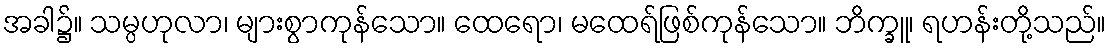
အခါ၌။ သမ္ပဟုလာ၊ များစွာကုန်သော။ ထေရော၊ မထေရ်ဖြစ်ကုန်သော။ ဘိက္ခူ၊ ရဟန်းတို့သည်။